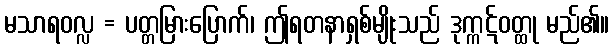
မသာရဝလ္လ = ပတ္တမြားပြောက်၊ ဤရတနာရှစ်မျိုးသည် ဒုက္ကဋ်ဝတ္ထု မည်၏။